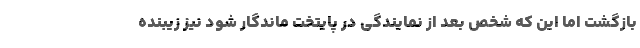
بازگشت اما این که شخص بعد از نمایندگی در پایتخت ماندگار شود نیز زیبنده